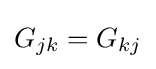
G_{jk}=G_{kj}